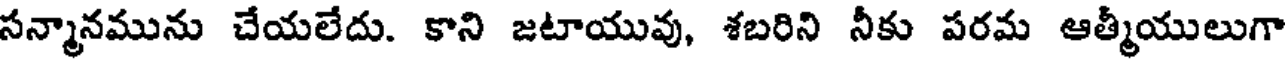
సన్మానమును చేయలేదు. కాని జటాయువు, శబరిని నీకు పరమ ఆత్మీయులుగా